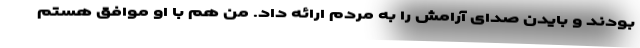
بودند و بایدن صدای آرامش را به مردم ارائه داد. من هم با او موافق هستم